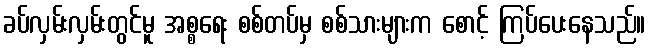
ခပ်လှမ်းလှမ်းတွင်မူ အစ္စရေး စစ်တပ်မှ စစ်သားများက စောင့် ကြပ်ပေးနေသည်။